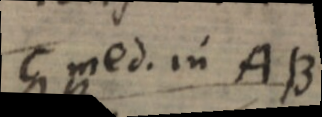
C med. in AB